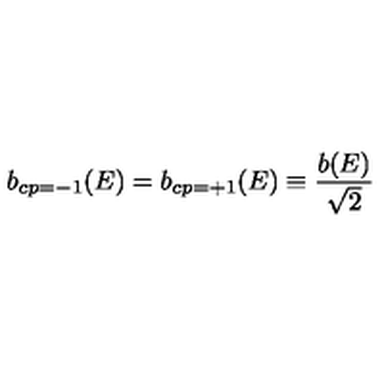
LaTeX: b _ { c p = - 1 } ( E ) = b _ { c p = + 1 } ( E ) \equiv { \frac { b ( E ) } { \sqrt { 2 } } }